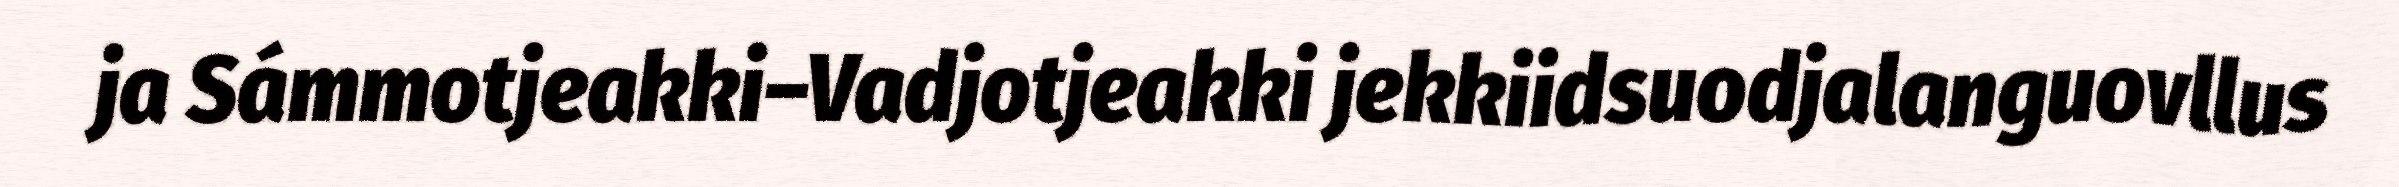
ja Sámmotjeakki–Vadjotjeakki jekkiidsuodjalanguovllus